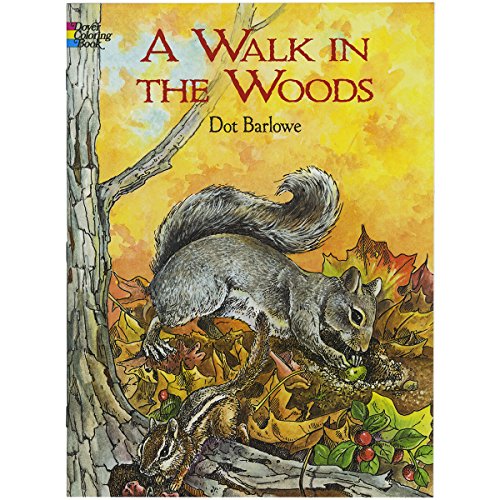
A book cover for A Walk in the Woods (Dover Nature Coloring Book); Dot Barlowe; Children's Books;